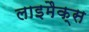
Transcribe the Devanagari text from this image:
लाइमैक्स